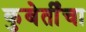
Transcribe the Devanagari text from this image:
कुबेर्तींचा